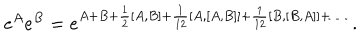
e ^ { A } e ^ { B } = e ^ { A + B + { \frac { 1 } { 2 } } [ A , B ] + { \frac { 1 } { 1 2 } } [ A , [ A , B ] ] + { \frac { 1 } { 1 2 } } [ B , [ B , A ] ] + \ldots } \ .